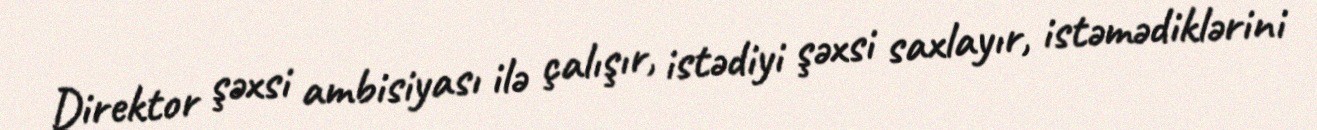
Direktor şəxsi ambisiyası ilə çalışır, istədiyi şəxsi saxlayır, istəmədiklərini